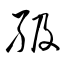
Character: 級